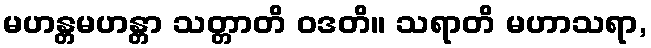
မဟန္တမဟန္တာ သတ္တာတိ ဝဒတိ။ သရာတိ မဟာသရာ,